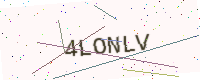
Text: 4LONLV